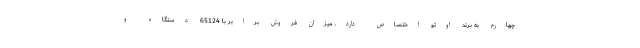
چهارم به برند اوتو اختصاص دارد. میزان فروش برابر با 65124 دستگاه و